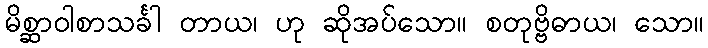
မိစ္ဆာဝါစာသင်္ခါ တာယ၊ ဟု ဆိုအပ်သော။ စတုဗ္ဗိဓာယ၊ သော။